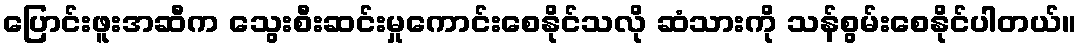
ပြောင်းဖူးအဆီက သွေးစီးဆင်းမှုကောင်းစေနိုင်သလို ဆံသားကို သန်စွမ်းစေနိုင်ပါတယ်။